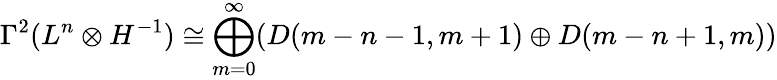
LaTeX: \Gamma^{2}(L^{n}\otimes H^{-1})\cong\bigoplus_{m=0}^{\infty}(D(m-n-1,m+1)\oplus D(m-n+1,m))